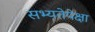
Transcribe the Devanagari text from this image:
सभ्यतेपेक्षा